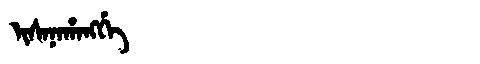
Manchu: ᡳᠰᠠᠨᠠᡥᠠᠩᡤᡝ
Romanization: ISANAHANGGE